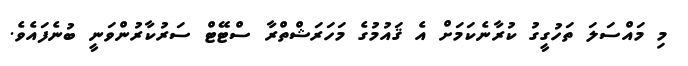
މި މައްސަލަ ތަހުގީގު ކުރާނެކަމަށް އެ ޤައުމުގެ މަހަރަޝްތްރާ ސްޓޭޓް ސަރުކާރުންވަނީ ބުނެފައެވެ.